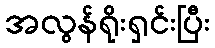
အလွန်ရိုးရှင်းပြီး